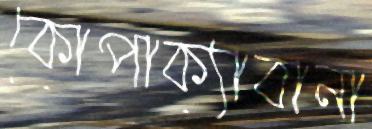
কোপাক্যাবানা